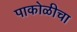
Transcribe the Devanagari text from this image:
पाकोळीचा